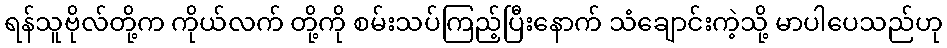
ရန်သူဗိုလ်တို့က ကိုယ်လက် တို့ကို စမ်းသပ်ကြည့်ပြီးနောက် သံချောင်းကဲ့သို့ မာပါပေသည်ဟု